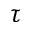
\tau